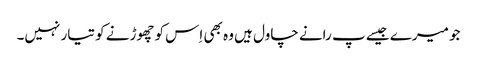
جو میرے جیسے پ رانے چاول ہیں وہ بھی اِس کو چھوڑنے کو تیار نہیں۔